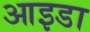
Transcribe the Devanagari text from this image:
आइडा